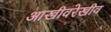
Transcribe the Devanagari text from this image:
आखीवरेखीव